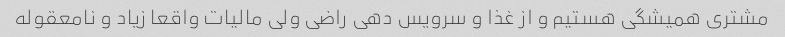
مشتری همیشگی هستیم و از غذا و سرویس دهی راضی ولی مالیات واقعا زیاد و نامعقوله